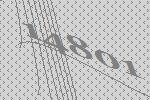
14801